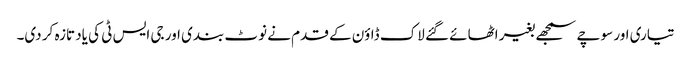
تیاری اور سوچے سمجھے بغیر اٹھائے گئے لاک ڈاؤن کے قدم نے نوٹ بندی اور جی ایس ٹی کی یاد تازہ کر دی۔